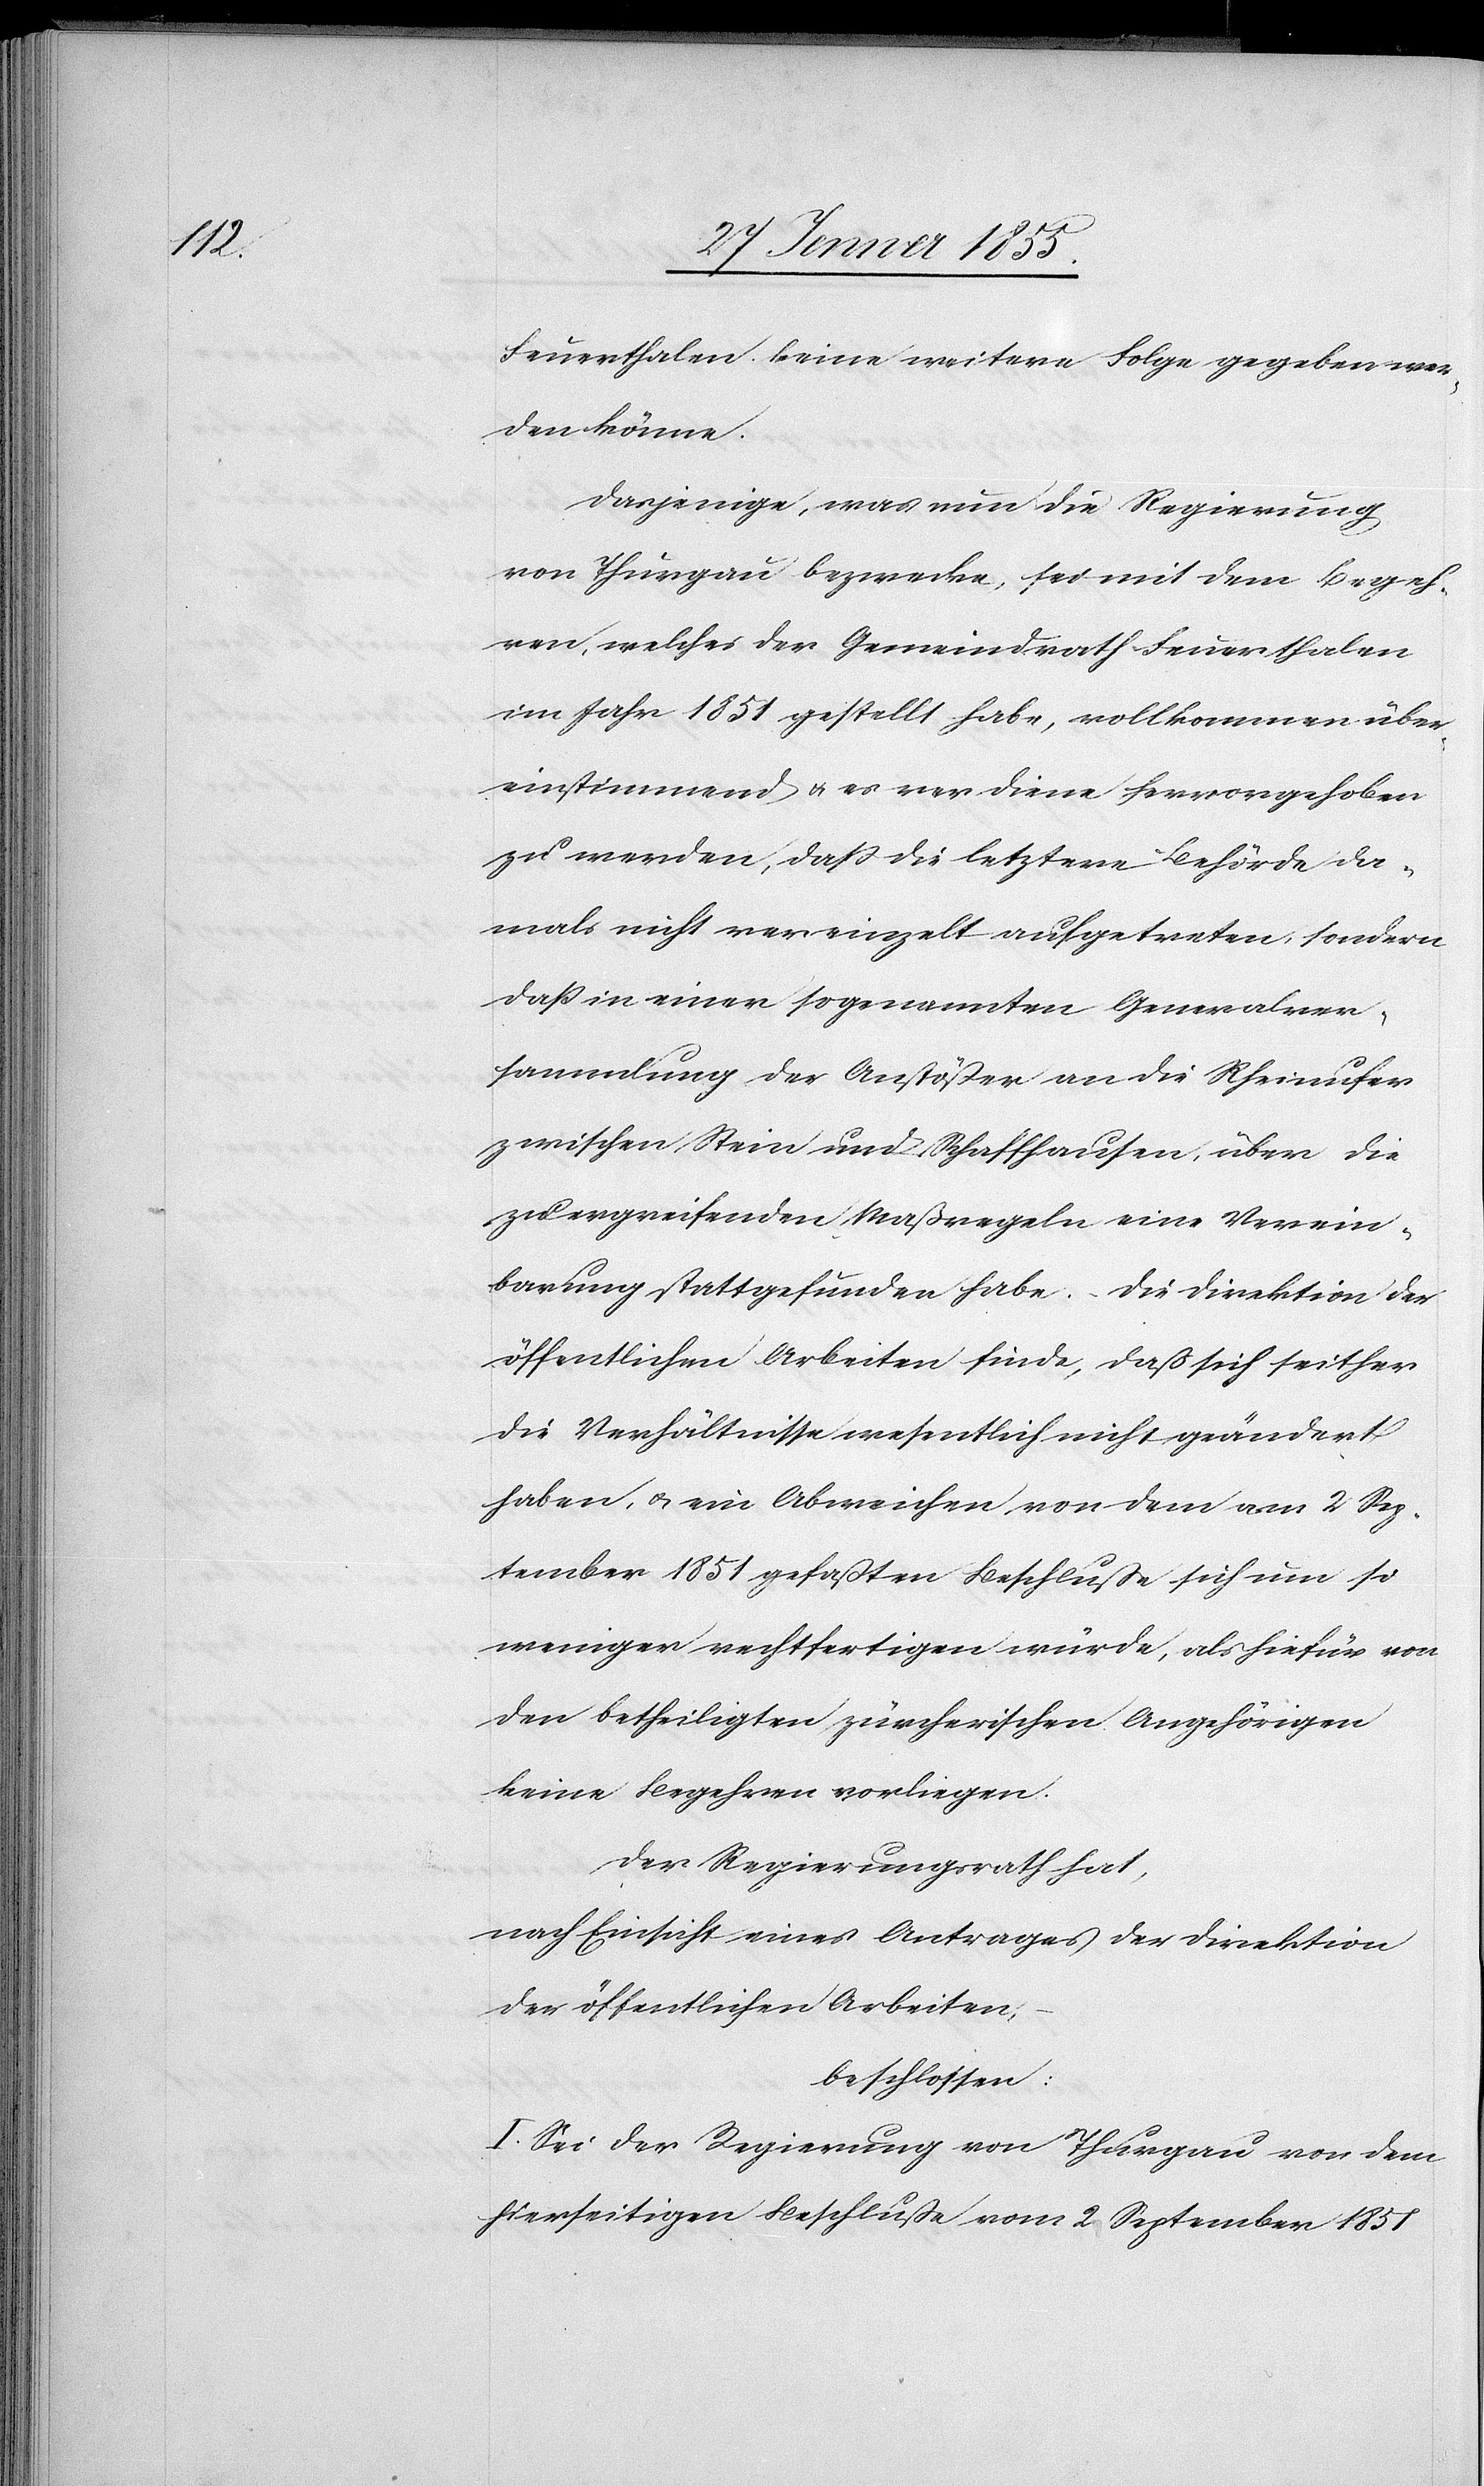
Feuerthalen keine weitere Folge gegeben wer¬
den könne.
Dasjenige, was nun die Regierung
von Thurgau bezwecke, sei mit dem Begeh¬
ren, welches der Gemeindrath Feuerthalen
im Jahr 1851 gestellt habe, vollkommen über¬
einstimmend & es verdiene hervorgehoben
zu werden, dass die letztere Behörde da¬
mals nicht vereinzelt aufgetreten, sondern
daß in einer sogenannten Generalver¬
sammlung der Anstößer an die Rheinufer
zwischen Stein und Schaffhausen, über die
zu ergreifenden Maßregeln eine Verein¬
barung stattgefunden habe. Die Direktion der
öffentlichen Arbeiten finde, dass sich seither
die Verhältnisse wesentlich nicht geändert
haben, & ein Abweichen von dem am 2 Sep¬
tember 1851 gefaßten Beschlusse sich um so
weniger rechtfertigen würde, als hiefür von
den betheiligten zürcherischen Angehörigen
keine Begehren vorliegen.
Der Regierungsrath hat,
nach Einsicht eines Antrages der Direktion
der öffentlichen Arbeiten,
beschlossen:
I. Sei der Regierung von Thurgau von dem
hierseitigen Beschlusse vom 2 September 1851